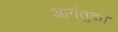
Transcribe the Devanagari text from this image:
आगंतुक।